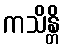
ကသိန္တိ